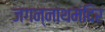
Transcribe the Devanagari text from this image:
जगन्नाथमंदिर